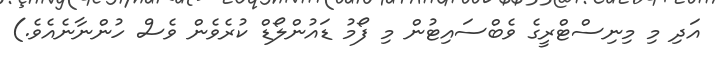
އަދި މި މިނިސްޓްރީގެ ވެބްސައިޓުން މި ފޯމު ޑައުންލޯޑް ކުރެވެން ވެސް ހުންނާނެއެވެ.)